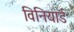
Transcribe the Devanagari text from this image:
विनियार्ड